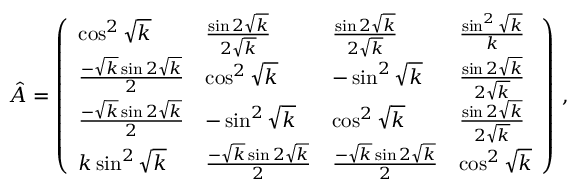
\hat { A } = \left( \begin{array} { l l l l } { \cos ^ { 2 } \sqrt { k } } & { \frac { \sin 2 \sqrt { k } } { 2 \sqrt { k } } } & { \frac { \sin 2 \sqrt { k } } { 2 \sqrt { k } } } & { \frac { \sin ^ { 2 } \sqrt { k } } { k } } \\ { \frac { - \sqrt { k } \sin 2 \sqrt { k } } { 2 } } & { \cos ^ { 2 } \sqrt { k } } & { - \sin ^ { 2 } \sqrt { k } } & { \frac { \sin 2 \sqrt { k } } { 2 \sqrt { k } } } \\ { \frac { - \sqrt { k } \sin 2 \sqrt { k } } { 2 } } & { - \sin ^ { 2 } \sqrt { k } } & { \cos ^ { 2 } \sqrt { k } } & { \frac { \sin 2 \sqrt { k } } { 2 \sqrt { k } } } \\ { k \sin ^ { 2 } \sqrt { k } } & { \frac { - \sqrt { k } \sin 2 \sqrt { k } } { 2 } } & { \frac { - \sqrt { k } \sin 2 \sqrt { k } } { 2 } } & { \cos ^ { 2 } \sqrt { k } } \end{array} \right) \, ,